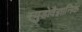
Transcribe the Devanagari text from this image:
स्युडोवैज्ञानिक